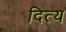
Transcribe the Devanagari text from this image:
दित्य